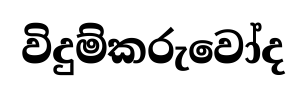
විදුම්කරුවෝද